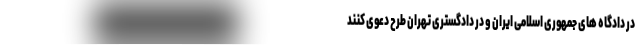
در دادگاه های جمهوری اسلامی ایران و در دادگستری تهران طرح دعوی کنند